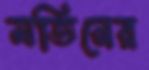
মতিনের